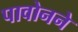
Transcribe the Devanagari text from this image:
पावोनने